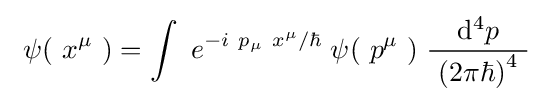
\ \psi (\ x^{\mu }\ )=\int \ e^{-i\ p_{\mu }\ x^{\mu }/\hbar }\;\psi (\ p^{\mu }\ )\;{\frac {\ \mathrm {d} ^{4}p\ }{~\left(2\pi \hbar \right)^{4}\ }}\